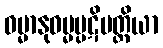
ဓမ္မာနုဓမ္မပ္ပဋိပတ္တိယာ